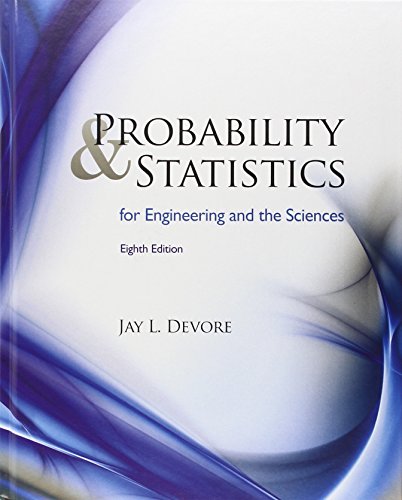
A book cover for Probability and Statistics for Engineering and the Sciences; Jay L. Devore; Business & Money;